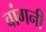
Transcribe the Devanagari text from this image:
वांगनी